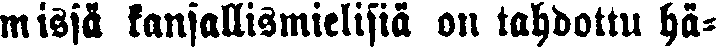
missä kansallismielisiä on tahdottu hä-